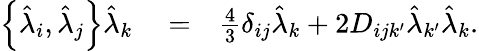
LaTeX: \begin{array}{rlr}{\left\{ \hat{\lambda}_{i},\hat{\lambda}_{j}\right\} \hat{\lambda}_{k}}&{{}=}&{\frac{4}{3}\delta_{ij}\hat{\lambda}_{k}+2D_{ijk^{\prime}}\hat{\lambda}_{k^{\prime}}\hat{\lambda}_{k}.}\end{array}